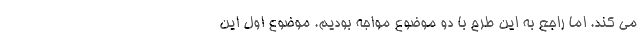
می کند. اما راجع به این طرح با دو موضوع مواجه بودیم. موضوع اول این